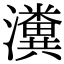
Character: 瀵